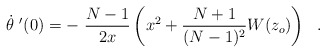
\begin{align*}\dot{\theta}\ '(0)= -\ \frac{N-1}{2x} \left(x^2 +\frac{N+1}{(N-1)^2}W(z_o)\right) \ \ .\end{align*}